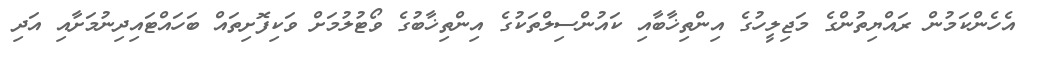
އެހެންކަމުން ރައްޔިތުންގެ މަޖިލީހުގެ އިންތިޚާބާއި ކައުންސިލްތަކުގެ އިންތިޚާބުގެ ވޯޓުލުމަށް ވަކިފޮށިތައް ބަހައްޓައިދިނުމަށާއި އަދި